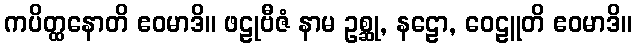
ကပိတ္ထနောတိ ဧဝမာဒိ။ ဖဠုဗီဇံ နာမ ဥစ္ဆု, နဠော, ဝေဠူတိ ဧဝမာဒိ။